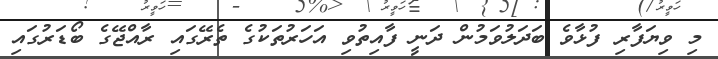
މި ވިޔަފާރި ފުޅާވެ ބަދަލުވަމުން ދަނީ ފާއިތުވި އަހަރުތަކުގެ ތެރޭގައި ރާއްޖޭގެ ބޯޑަރުގައި